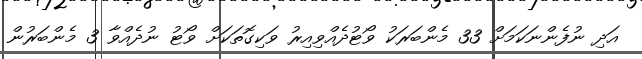
އަދި ނުފެންނަކަމަށްް 33 މެންބަރަކު ވޯޓުދެއްވިއިރު ވަކިގޮތަކަށް ވޯޓު ނުދެއްވާ 3 މެންބަރުން